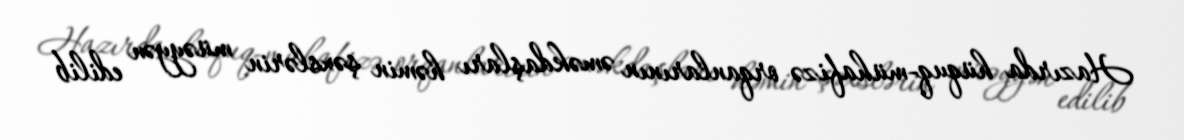
Hazırda hüquq-mühafizə orqanlarının əməkdaşları həmin şəxslərin müəyyən edilib